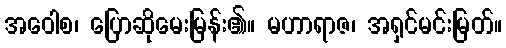
အဝေါစ၊ ပြောဆိုမေးမြန်း၏။ မဟာရာဇ၊ အရှင်မင်းမြတ်။